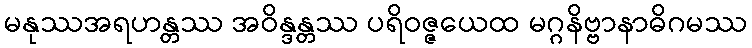
မနုဿအရဟန္တဿ အဝိန္ဒန္တဿ ပရိဝဇ္ဇယေထ မဂ္ဂနိဗ္ဗာနာဓိဂမဿ